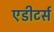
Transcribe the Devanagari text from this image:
एडीटर्स